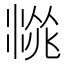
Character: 𱧙